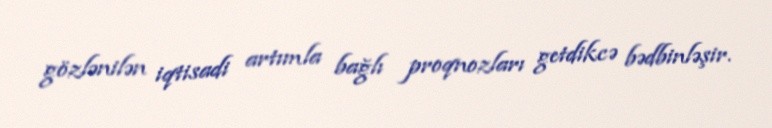
gözlənilən iqtisadi artımla bağlı proqnozları getdikcə bədbinləşir.